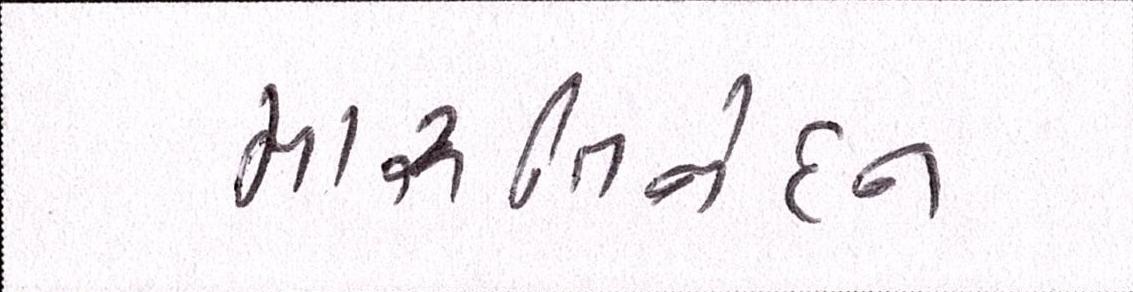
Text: મારૂતિનંદન